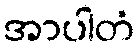
အာပါတံ